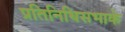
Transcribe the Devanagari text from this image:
प्रतिनिधिसभाके